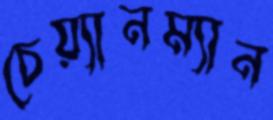
চেয়্যানম্যান